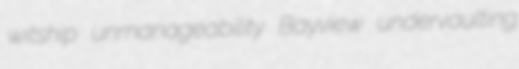
witship unmanageability Bayview undervaulting